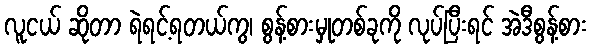
လူငယ် ဆိုတာ ရဲရင့်ရတယ်ကွ၊ စွန့်စားမှုတစ်ခုကို လုပ်ပြီးရင် အဲဒီစွန့်စား